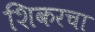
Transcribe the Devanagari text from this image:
शिकरचा